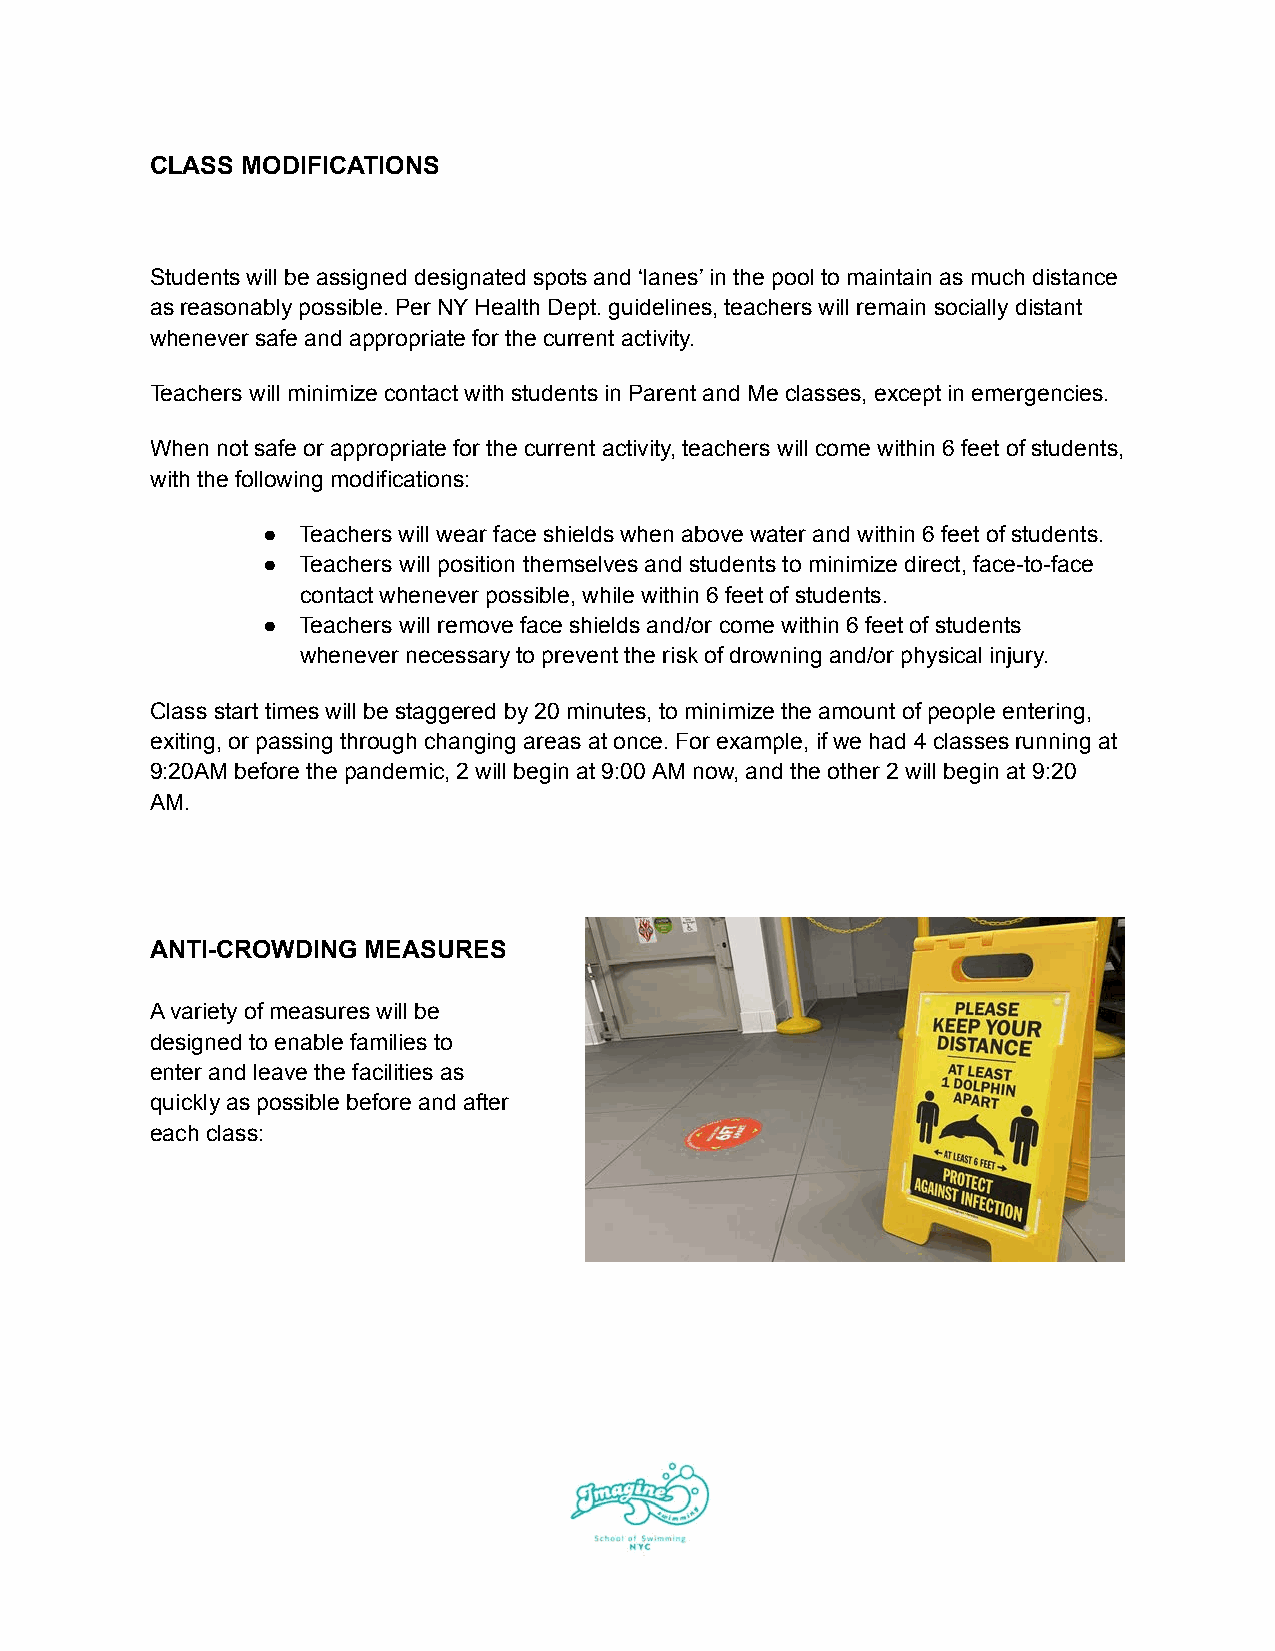
CLASS MODIFICATIONS
 Students will be assigned designated spots and ‘lanes’ in the pool to maintain as much distance
 as reasonably possible. Per NY Health Dept. guidelines, teachers will remain socially distant
 whenever safe and appropriate for the current activity.
 Teachers will minimize contact with students in Parent and Me classes, except in emergencies.
 When not safe or appropriate for the current activity, teachers will come within 6 feet of students,
 with the following modifications:
 ●  Teachers will wear face shields when above water and within 6 feet of students.
 ●  Teachers will position themselves and students to minimize direct, face-to-face
 contact whenever possible, while within 6 feet of students.
 ●  Teachers will remove face shields and/or come within 6 feet of students
 whenever necessary to prevent the risk of drowning and/or physical injury.
 Class start times will be staggered by 20 minutes, to minimize the amount of people entering,
 exiting, or passing through changing areas at once. For example, if we had 4 classes running at
 9:20AM before the pandemic, 2 will begin at 9:00 AM now, and the other 2 will begin at 9:20
 AM.
 ANTI-CROWDING MEASURES
 A variety of measures will be
 designed to enable families to
 enter and leave the facilities as
 quickly as possible before and after
 each class: